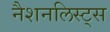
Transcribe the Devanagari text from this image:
नैशनलिस्ट्स